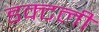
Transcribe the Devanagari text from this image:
डक्टली